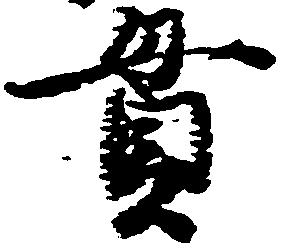
貫